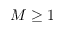
M \ge 1